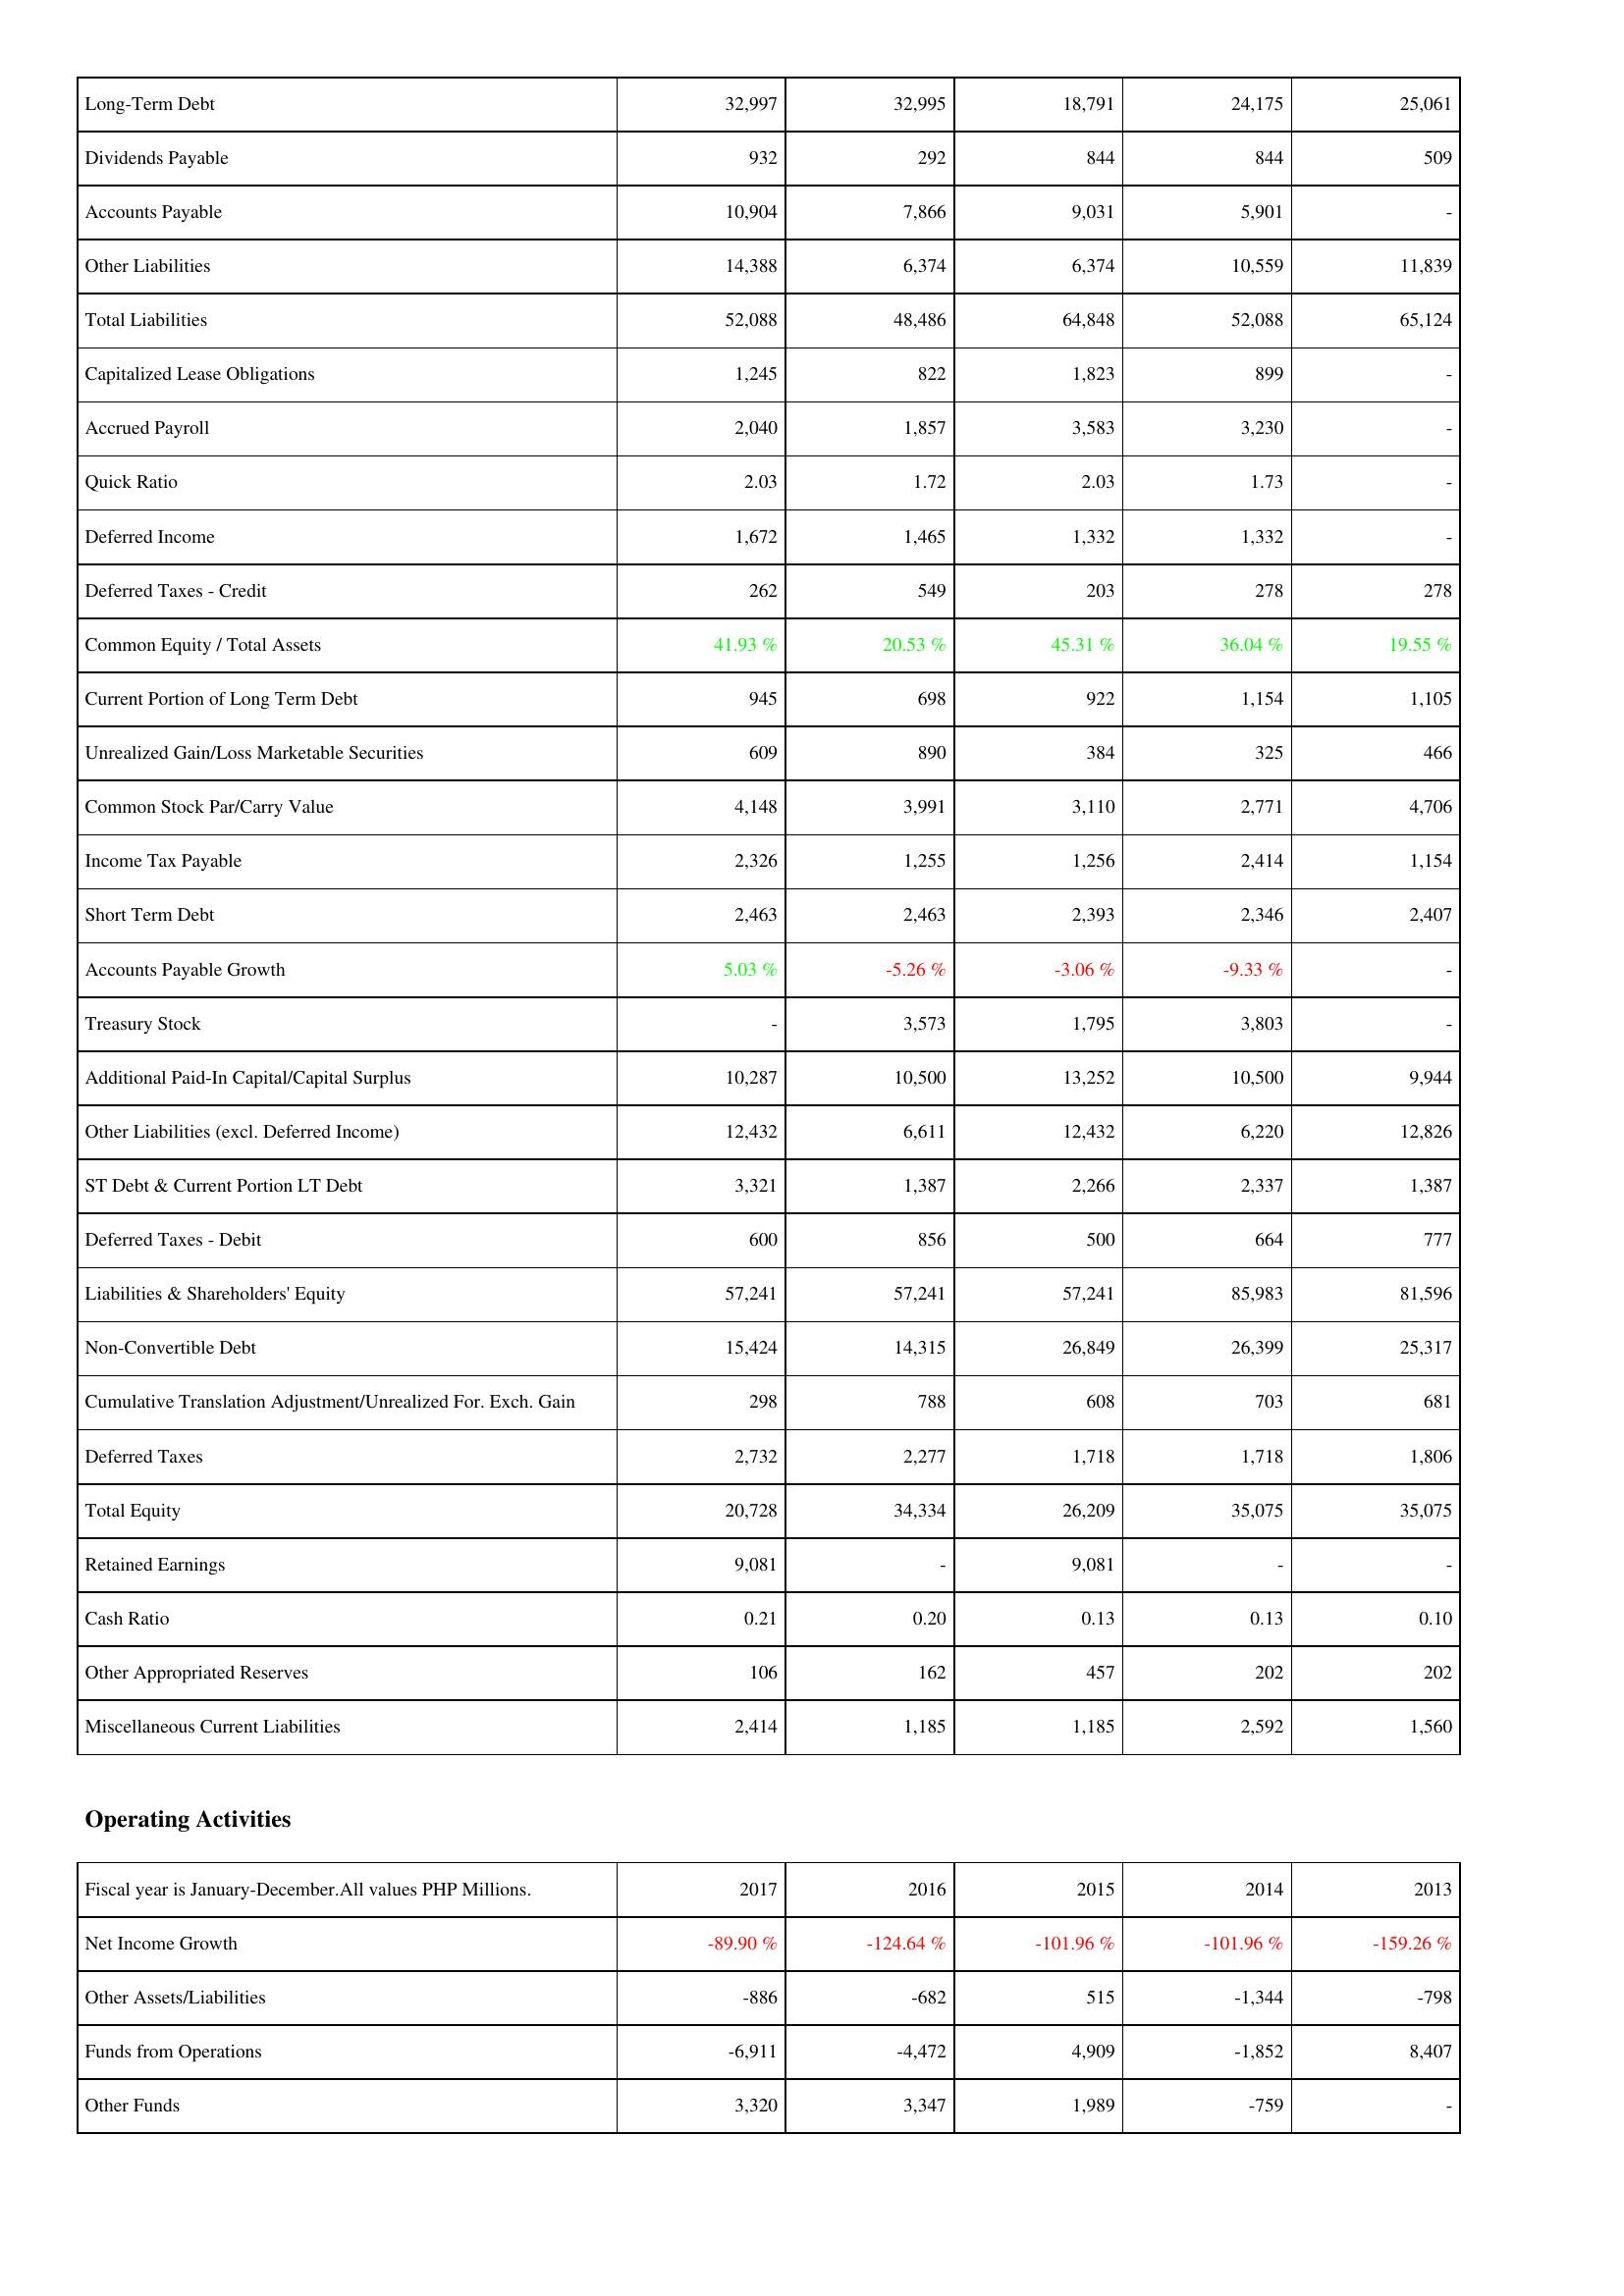
2017: Liabilities & Shareholders' Equity: Long-Term Debt: 32,997
Dividends Payable: 932
Accounts Payable: 10,904
Other Liabilities: 14,388
Total Liabilities: 52,088
Capitalized Lease Obligations: 1,245
Accrued Payroll: 2,040
Quick Ratio: 2.03
Deferred Income: 1,672
Deferred Taxes - Credit: 262
Common Equity / Total Assets: 41.93 %
Current Portion of Long Term Debt: 945
Unrealized Gain/Loss Marketable Securities: 609
Common Stock Par/Carry Value: 4,148
Income Tax Payable: 2,326
Short Term Debt: 2,463
Accounts Payable Growth: 5.03 %
Treasury Stock: -
Additional Paid-In Capital/Capital Surplus: 10,287
Other Liabilities (excl. Deferred Income): 12,432
ST Debt & Current Portion LT Debt: 3,321
Deferred Taxes - Debit: 600
Liabilities & Shareholders' Equity: 57,241
Non-Convertible Debt: 15,424
Cumulative Translation Adjustment/Unrealized For. Exch. Gain: 298
Deferred Taxes: 2,732
Total Equity: 20,728
Retained Earnings: 9,081
Cash Ratio: 0.21
Other Appropriated Reserves: 106
Miscellaneous Current Liabilities: 2,414
Operating Activities: Net Income Growth: -89.90 %
Other Assets/Liabilities: -886
Funds from Operations: -6,911
Other Funds: 3,320
2016: Liabilities & Shareholders' Equity: Long-Term Debt: 32,995
Dividends Payable: 292
Accounts Payable: 7,866
Other Liabilities: 6,374
Total Liabilities: 48,486
Capitalized Lease Obligations: 822
Accrued Payroll: 1,857
Quick Ratio: 1.72
Deferred Income: 1,465
Deferred Taxes - Credit: 549
Common Equity / Total Assets: 20.53 %
Current Portion of Long Term Debt: 698
Unrealized Gain/Loss Marketable Securities: 890
Common Stock Par/Carry Value: 3,991
Income Tax Payable: 1,255
Short Term Debt: 2,463
Accounts Payable Growth: -5.26 %
Treasury Stock: 3,573
Additional Paid-In Capital/Capital Surplus: 10,500
Other Liabilities (excl. Deferred Income): 6,611
ST Debt & Current Portion LT Debt: 1,387
Deferred Taxes - Debit: 856
Liabilities & Shareholders' Equity: 57,241
Non-Convertible Debt: 14,315
Cumulative Translation Adjustment/Unrealized For. Exch. Gain: 788
Deferred Taxes: 2,277
Total Equity: 34,334
Retained Earnings: -
Cash Ratio: 0.20
Other Appropriated Reserves: 162
Miscellaneous Current Liabilities: 1,185
Operating Activities: Net Income Growth: -124.64 %
Other Assets/Liabilities: -682
Funds from Operations: -4,472
Other Funds: 3,347
2015: Liabilities & Shareholders' Equity: Long-Term Debt: 18,791
Dividends Payable: 844
Accounts Payable: 9,031
Other Liabilities: 6,374
Total Liabilities: 64,848
Capitalized Lease Obligations: 1,823
Accrued Payroll: 3,583
Quick Ratio: 2.03
Deferred Income: 1,332
Deferred Taxes - Credit: 203
Common Equity / Total Assets: 45.31 %
Current Portion of Long Term Debt: 922
Unrealized Gain/Loss Marketable Securities: 384
Common Stock Par/Carry Value: 3,110
Income Tax Payable: 1,256
Short Term Debt: 2,393
Accounts Payable Growth: -3.06 %
Treasury Stock: 1,795
Additional Paid-In Capital/Capital Surplus: 13,252
Other Liabilities (excl. Deferred Income): 12,432
ST Debt & Current Portion LT Debt: 2,266
Deferred Taxes - Debit: 500
Liabilities & Shareholders' Equity: 57,241
Non-Convertible Debt: 26,849
Cumulative Translation Adjustment/Unrealized For. Exch. Gain: 608
Deferred Taxes: 1,718
Total Equity: 26,209
Retained Earnings: 9,081
Cash Ratio: 0.13
Other Appropriated Reserves: 457
Miscellaneous Current Liabilities: 1,185
Operating Activities: Net Income Growth: -101.96 %
Other Assets/Liabilities: 515
Funds from Operations: 4,909
Other Funds: 1,989
2014: Liabilities & Shareholders' Equity: Long-Term Debt: 24,175
Dividends Payable: 844
Accounts Payable: 5,901
Other Liabilities: 10,559
Total Liabilities: 52,088
Capitalized Lease Obligations: 899
Accrued Payroll: 3,230
Quick Ratio: 1.73
Deferred Income: 1,332
Deferred Taxes - Credit: 278
Common Equity / Total Assets: 36.04 %
Current Portion of Long Term Debt: 1,154
Unrealized Gain/Loss Marketable Securities: 325
Common Stock Par/Carry Value: 2,771
Income Tax Payable: 2,414
Short Term Debt: 2,346
Accounts Payable Growth: -9.33 %
Treasury Stock: 3,803
Additional Paid-In Capital/Capital Surplus: 10,500
Other Liabilities (excl. Deferred Income): 6,220
ST Debt & Current Portion LT Debt: 2,337
Deferred Taxes - Debit: 664
Liabilities & Shareholders' Equity: 85,983
Non-Convertible Debt: 26,399
Cumulative Translation Adjustment/Unrealized For. Exch. Gain: 703
Deferred Taxes: 1,718
Total Equity: 35,075
Retained Earnings: -
Cash Ratio: 0.13
Other Appropriated Reserves: 202
Miscellaneous Current Liabilities: 2,592
Operating Activities: Net Income Growth: -101.96 %
Other Assets/Liabilities: -1,344
Funds from Operations: -1,852
Other Funds: -759
2013: Liabilities & Shareholders' Equity: Long-Term Debt: 25,061
Dividends Payable: 509
Accounts Payable: -
Other Liabilities: 11,839
Total Liabilities: 65,124
Capitalized Lease Obligations: -
Accrued Payroll: -
Quick Ratio: -
Deferred Income: -
Deferred Taxes - Credit: 278
Common Equity / Total Assets: 19.55 %
Current Portion of Long Term Debt: 1,105
Unrealized Gain/Loss Marketable Securities: 466
Common Stock Par/Carry Value: 4,706
Income Tax Payable: 1,154
Short Term Debt: 2,407
Accounts Payable Growth: -
Treasury Stock: -
Additional Paid-In Capital/Capital Surplus: 9,944
Other Liabilities (excl. Deferred Income): 12,826
ST Debt & Current Portion LT Debt: 1,387
Deferred Taxes - Debit: 777
Liabilities & Shareholders' Equity: 81,596
Non-Convertible Debt: 25,317
Cumulative Translation Adjustment/Unrealized For. Exch. Gain: 681
Deferred Taxes: 1,806
Total Equity: 35,075
Retained Earnings: -
Cash Ratio: 0.10
Other Appropriated Reserves: 202
Miscellaneous Current Liabilities: 1,560
Operating Activities: Net Income Growth: -159.26 %
Other Assets/Liabilities: -798
Funds from Operations: 8,407
Other Funds: -